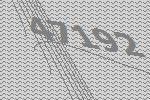
47192